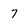
Character: 7